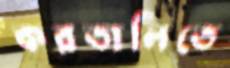
করতালিতে